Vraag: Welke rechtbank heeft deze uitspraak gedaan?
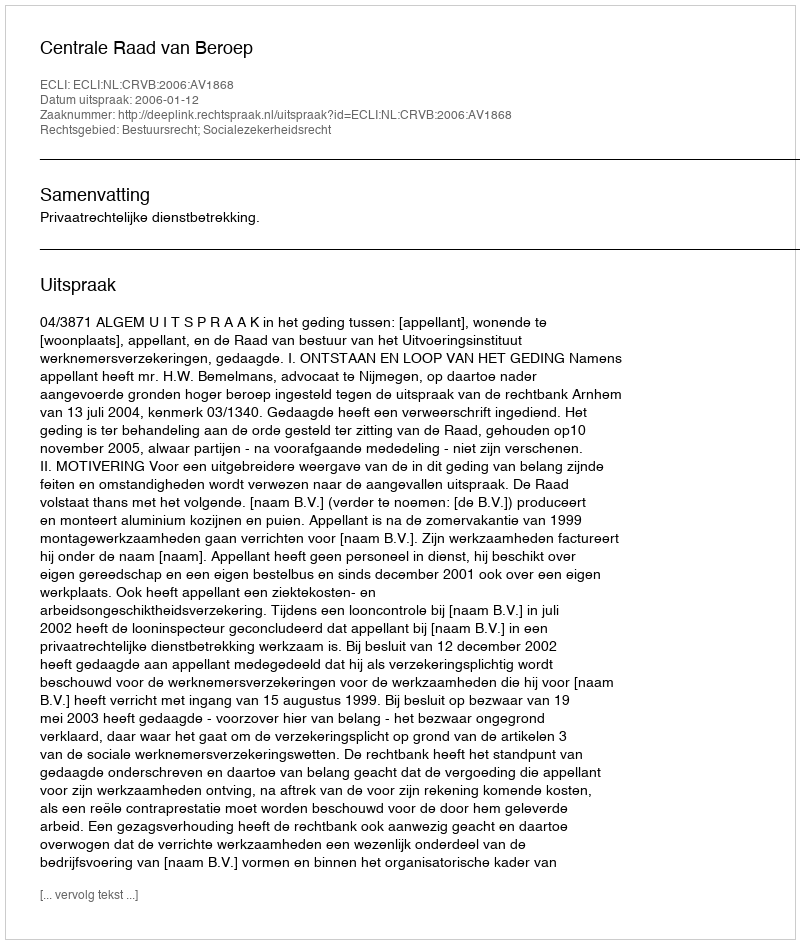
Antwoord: Centrale Raad van Beroep